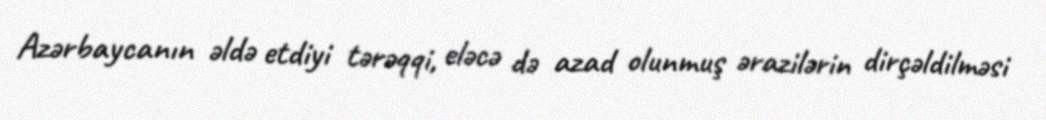
Azərbaycanın əldə etdiyi tərəqqi, eləcə də azad olunmuş ərazilərin dirçəldilməsi